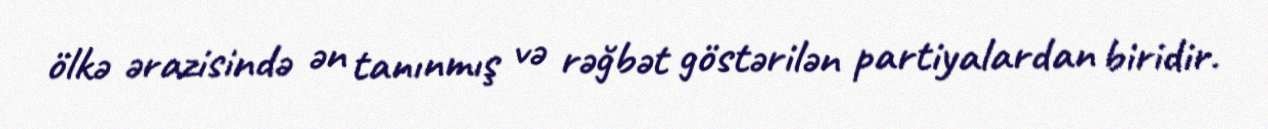
ölkə ərazisində ən tanınmış və rəğbət göstərilən partiyalardan biridir.